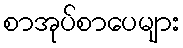
စာအုပ်စာပေများ